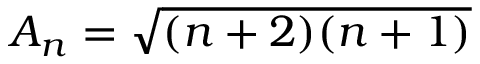
A _ { n } = \sqrt { ( n + 2 ) ( n + 1 ) }